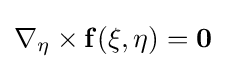
\nabla _{\bf {\eta }}\times {\bf {f}}({\bf {\xi }},{\bf {\eta }})={\bf {{0}\,}}